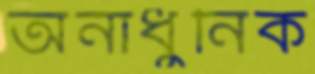
অনাধুনিক